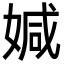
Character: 㛾